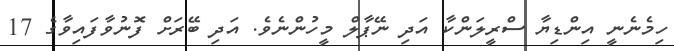
ހިމެނެނީ އިންޑިޔާ ސްރީލަންކާ އަދި ނޭޕާލް މީހުންނެވެ. އަދި ބޭރަށް ފޮނުވާފައިވާގެ 17